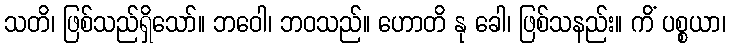
သတိ၊ ဖြစ်သည်ရှိသော်။ ဘဝေါ၊ ဘဝသည်။ ဟောတိ နု ခေါ၊ ဖြစ်သနည်း။ ကိံ ပစ္စယာ၊